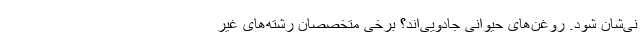
نی‌شان شود. روغن‌های حیوانی جادویی‌اند؟ برخی متخصصان رشته‌های غیر